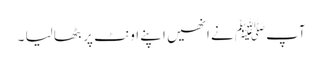
آپﷺ نے انھیں اپنے اونٹ پر بٹھا لیا ۔